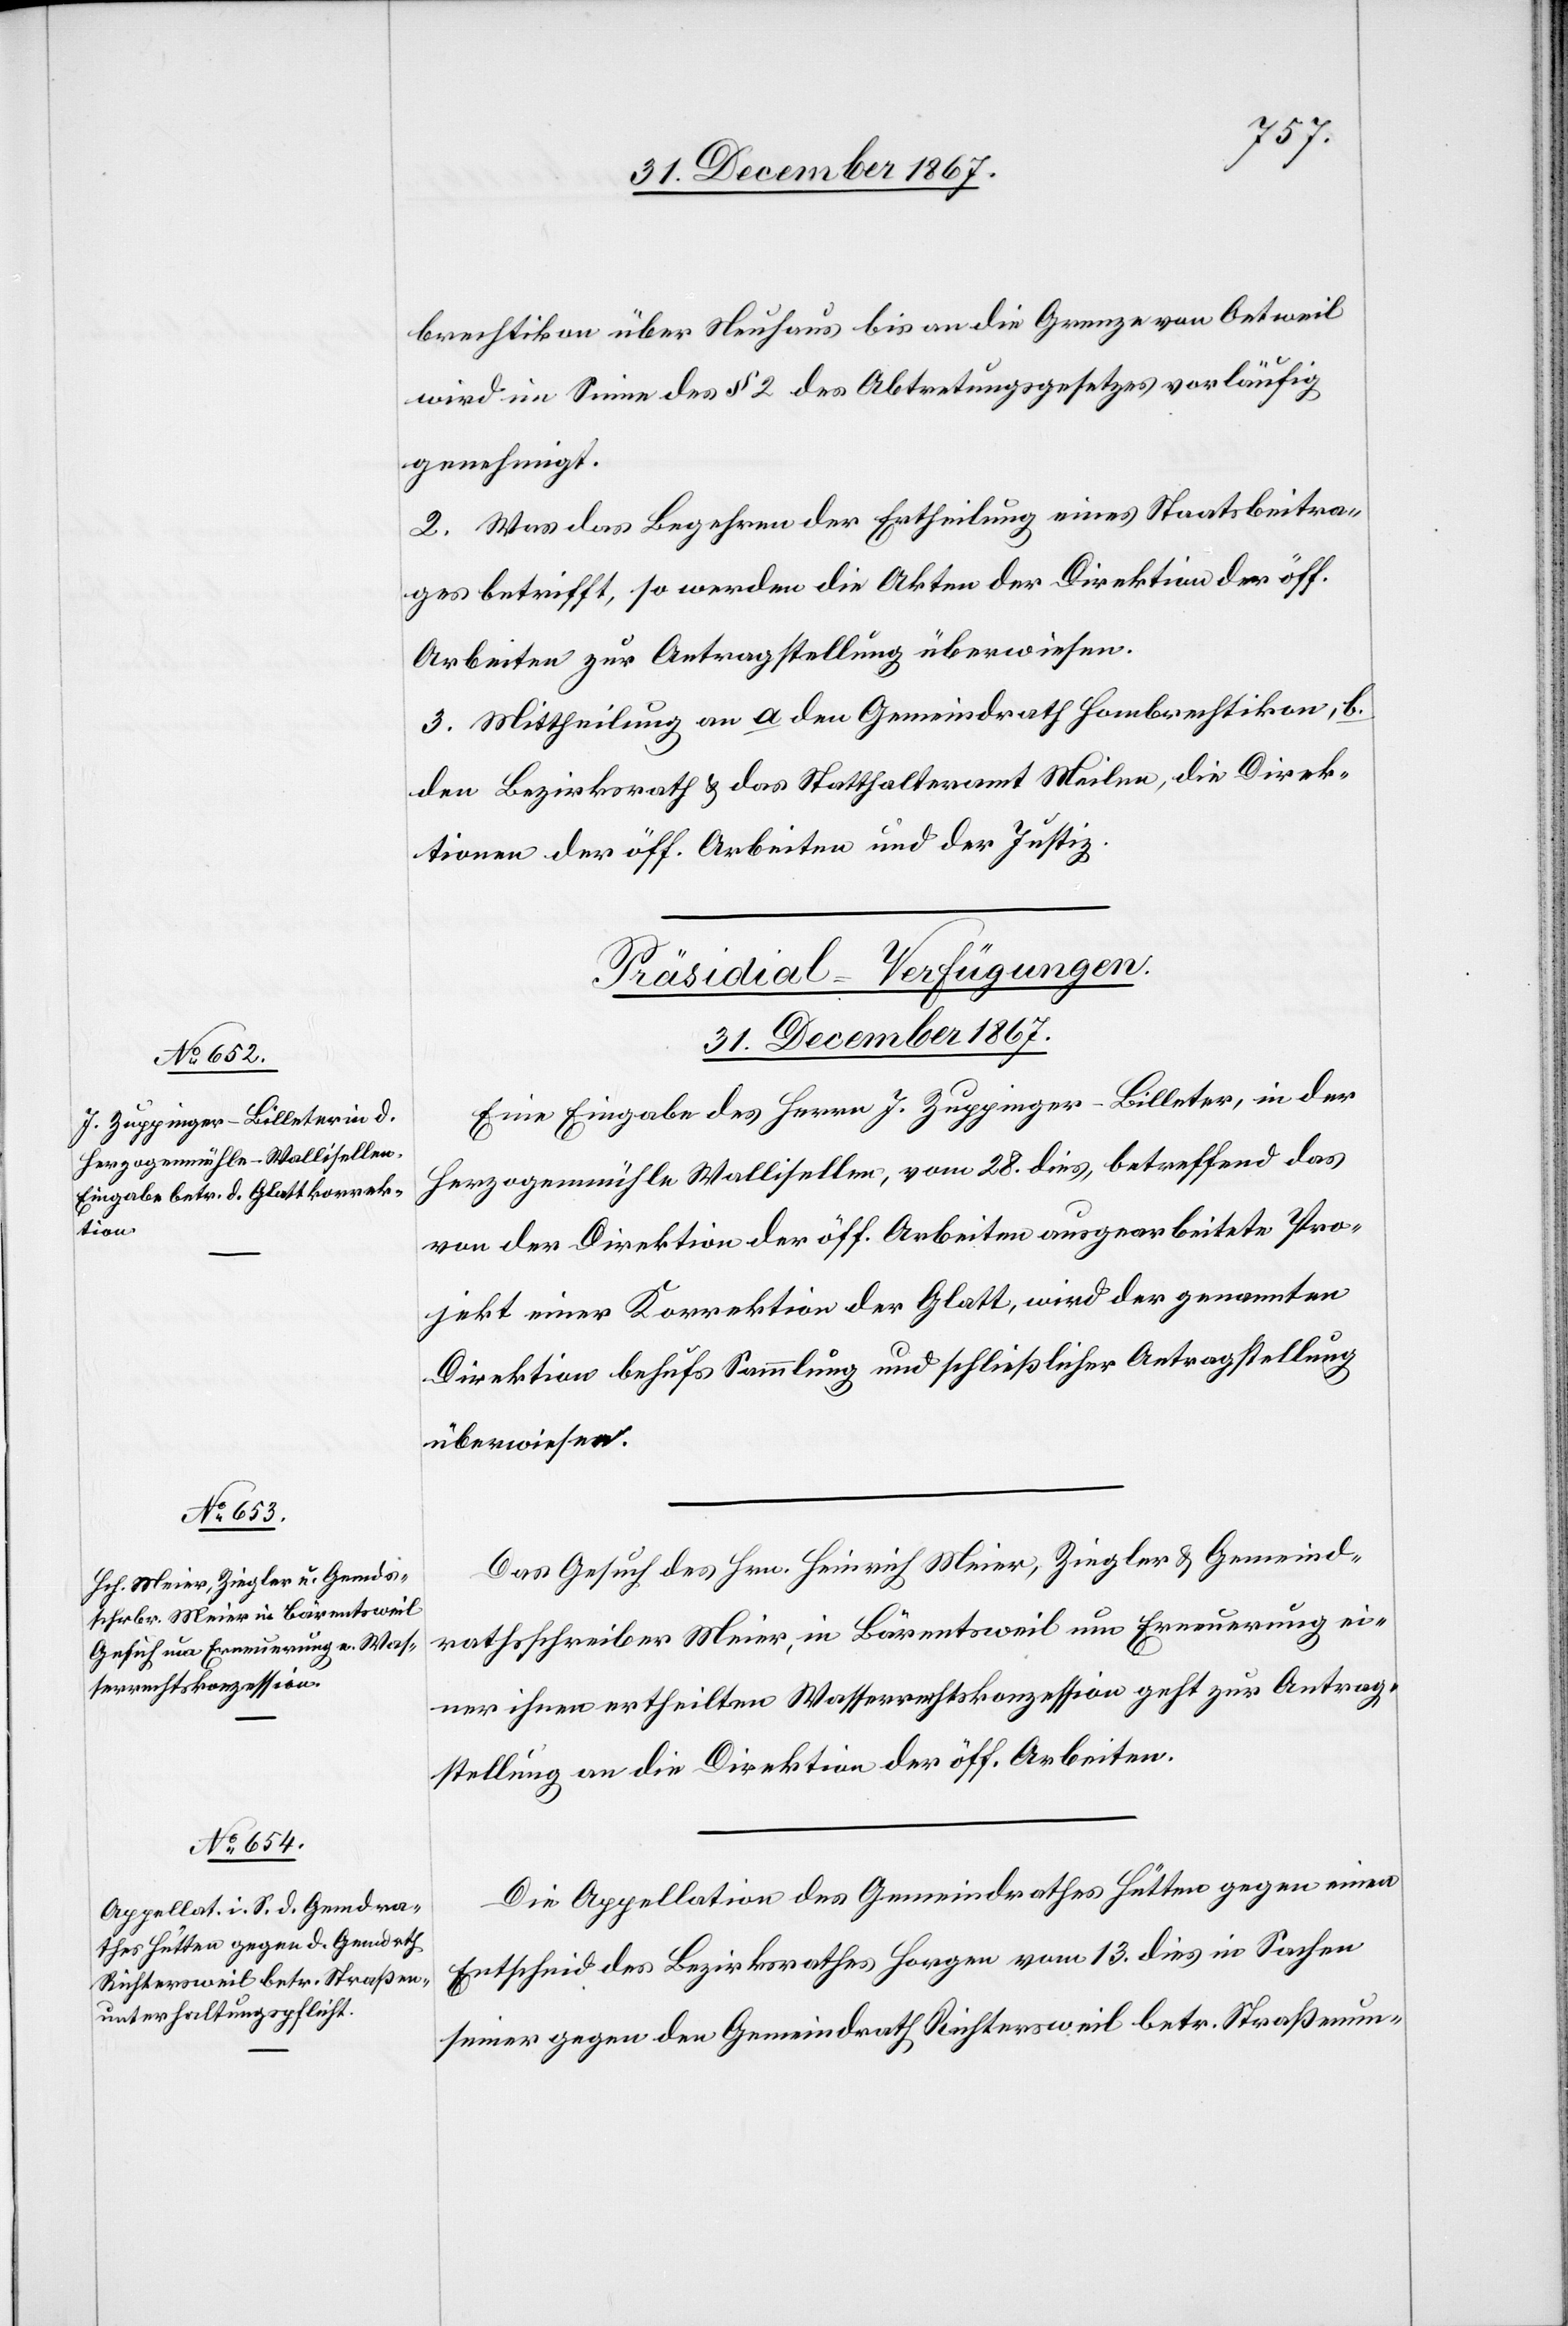
brechtikon über Neuhaus bis an die Grenze von Oetweil
wird im Sinne des § 2 des Abtretungsgesetzes vorläufig
genehmigt
2. Was das Begehren der Ertheilung eines Staatsbeitra¬
ges betrifft, so werden die Akten der Direktion der öff.
Arbeiten zur Antragstellung überwiesen.
3. Mittheilung an a. den Gemeindrath Hombrechtikon, b.
den Bezirksrath u. das Statthalteramt Meilen, die Direk¬
tionen der öff. Arbeiten und der Justiz.
[Präsidial-Verfügungen.
31. December 1867.]
Eine Eingabe des Herrn J. Zuppinger-Billeter, in der
Herzogenmühle Wallisellen, vom 28. dies, betreffend das
von der Direktion der öff. Arbeiten ausgearbeitete Pro¬
jekt einer Korrektion der Glatt, wird der genannten
Direktion behufs Sammlung und schließlich Antragstellung
überwiesen.
Das Gesuch des Hrn. Heinrich Meier, Ziegler u. Gemeinds¬
rathsschreiber Meier, in Bärentsweil um Erneuerung ei¬
ner ihnen ertheilten Wasserrechtskonzession geht zur Antrag¬
stellung an die Direktion der öff. Arbeiten.
Die Appellation des Gemeindrathes Hütten gegen einen
Entscheid des Bezirksrathes Horgen vom 13. dies in Sachen
seiner gegen den Gemeindrath Richtersweil betr. Straßenun-